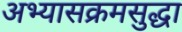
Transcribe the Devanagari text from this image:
अभ्यासक्रमसुद्धा